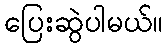
ပြေးဆွဲပါမယ်။